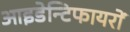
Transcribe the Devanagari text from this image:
आइडेन्टिफायरों